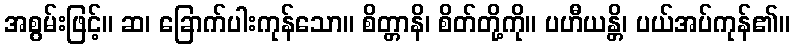
အစွမ်းဖြင့်။ ဆ၊ ခြောက်ပါးကုန်သော။ စိတ္တာနိ၊ စိတ်တို့ကို။ ပဟီယန္တိ၊ ပယ်အပ်ကုန်၏။